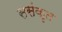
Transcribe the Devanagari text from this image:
ससंकृत